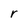
Character: r